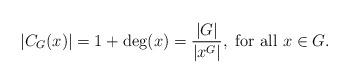
LaTeX: \begin{align*}|C_G(x)| = 1+ \deg(x) = {\frac{|G|}{|x^G|}}, \textrm{ for all }x\in G. \end{align*}